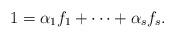
LaTeX: \begin{align*}1=\alpha_1f_1 + \cdots + \alpha_sf_s.\end{align*}